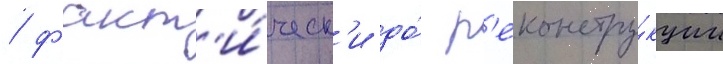
/ факт'и́ческ'и до́ р'еконстру́кции